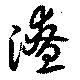
潦